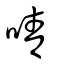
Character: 啨